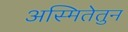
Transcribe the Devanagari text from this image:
अस्मितेतुन